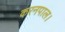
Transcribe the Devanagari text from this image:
करनपाल।